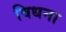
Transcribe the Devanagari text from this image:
विधना